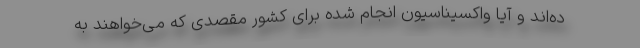
ده‌اند و آیا واکسیناسیون انجام شده برای کشور مقصدی که می‌خواهند به